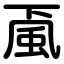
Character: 颪